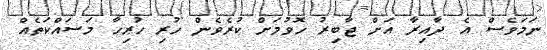
ނަމަވެސް އެ ދާއިރާ އަށް ޖާބިރު ހޮވުމަށް ކުރެވެން ހުރި ހުރިހާ މަސައްކަތެއް